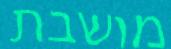
מושבת